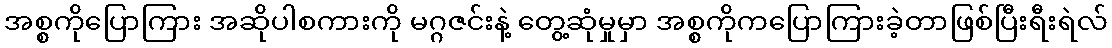
အစ္စကိုပြောကြား အဆိုပါစကားကို မဂ္ဂဇင်းနဲ့ တွေ့ဆုံမှုမှာ အစ္စကိုကပြောကြားခဲ့တာဖြစ်ပြီးရီးရဲလ်